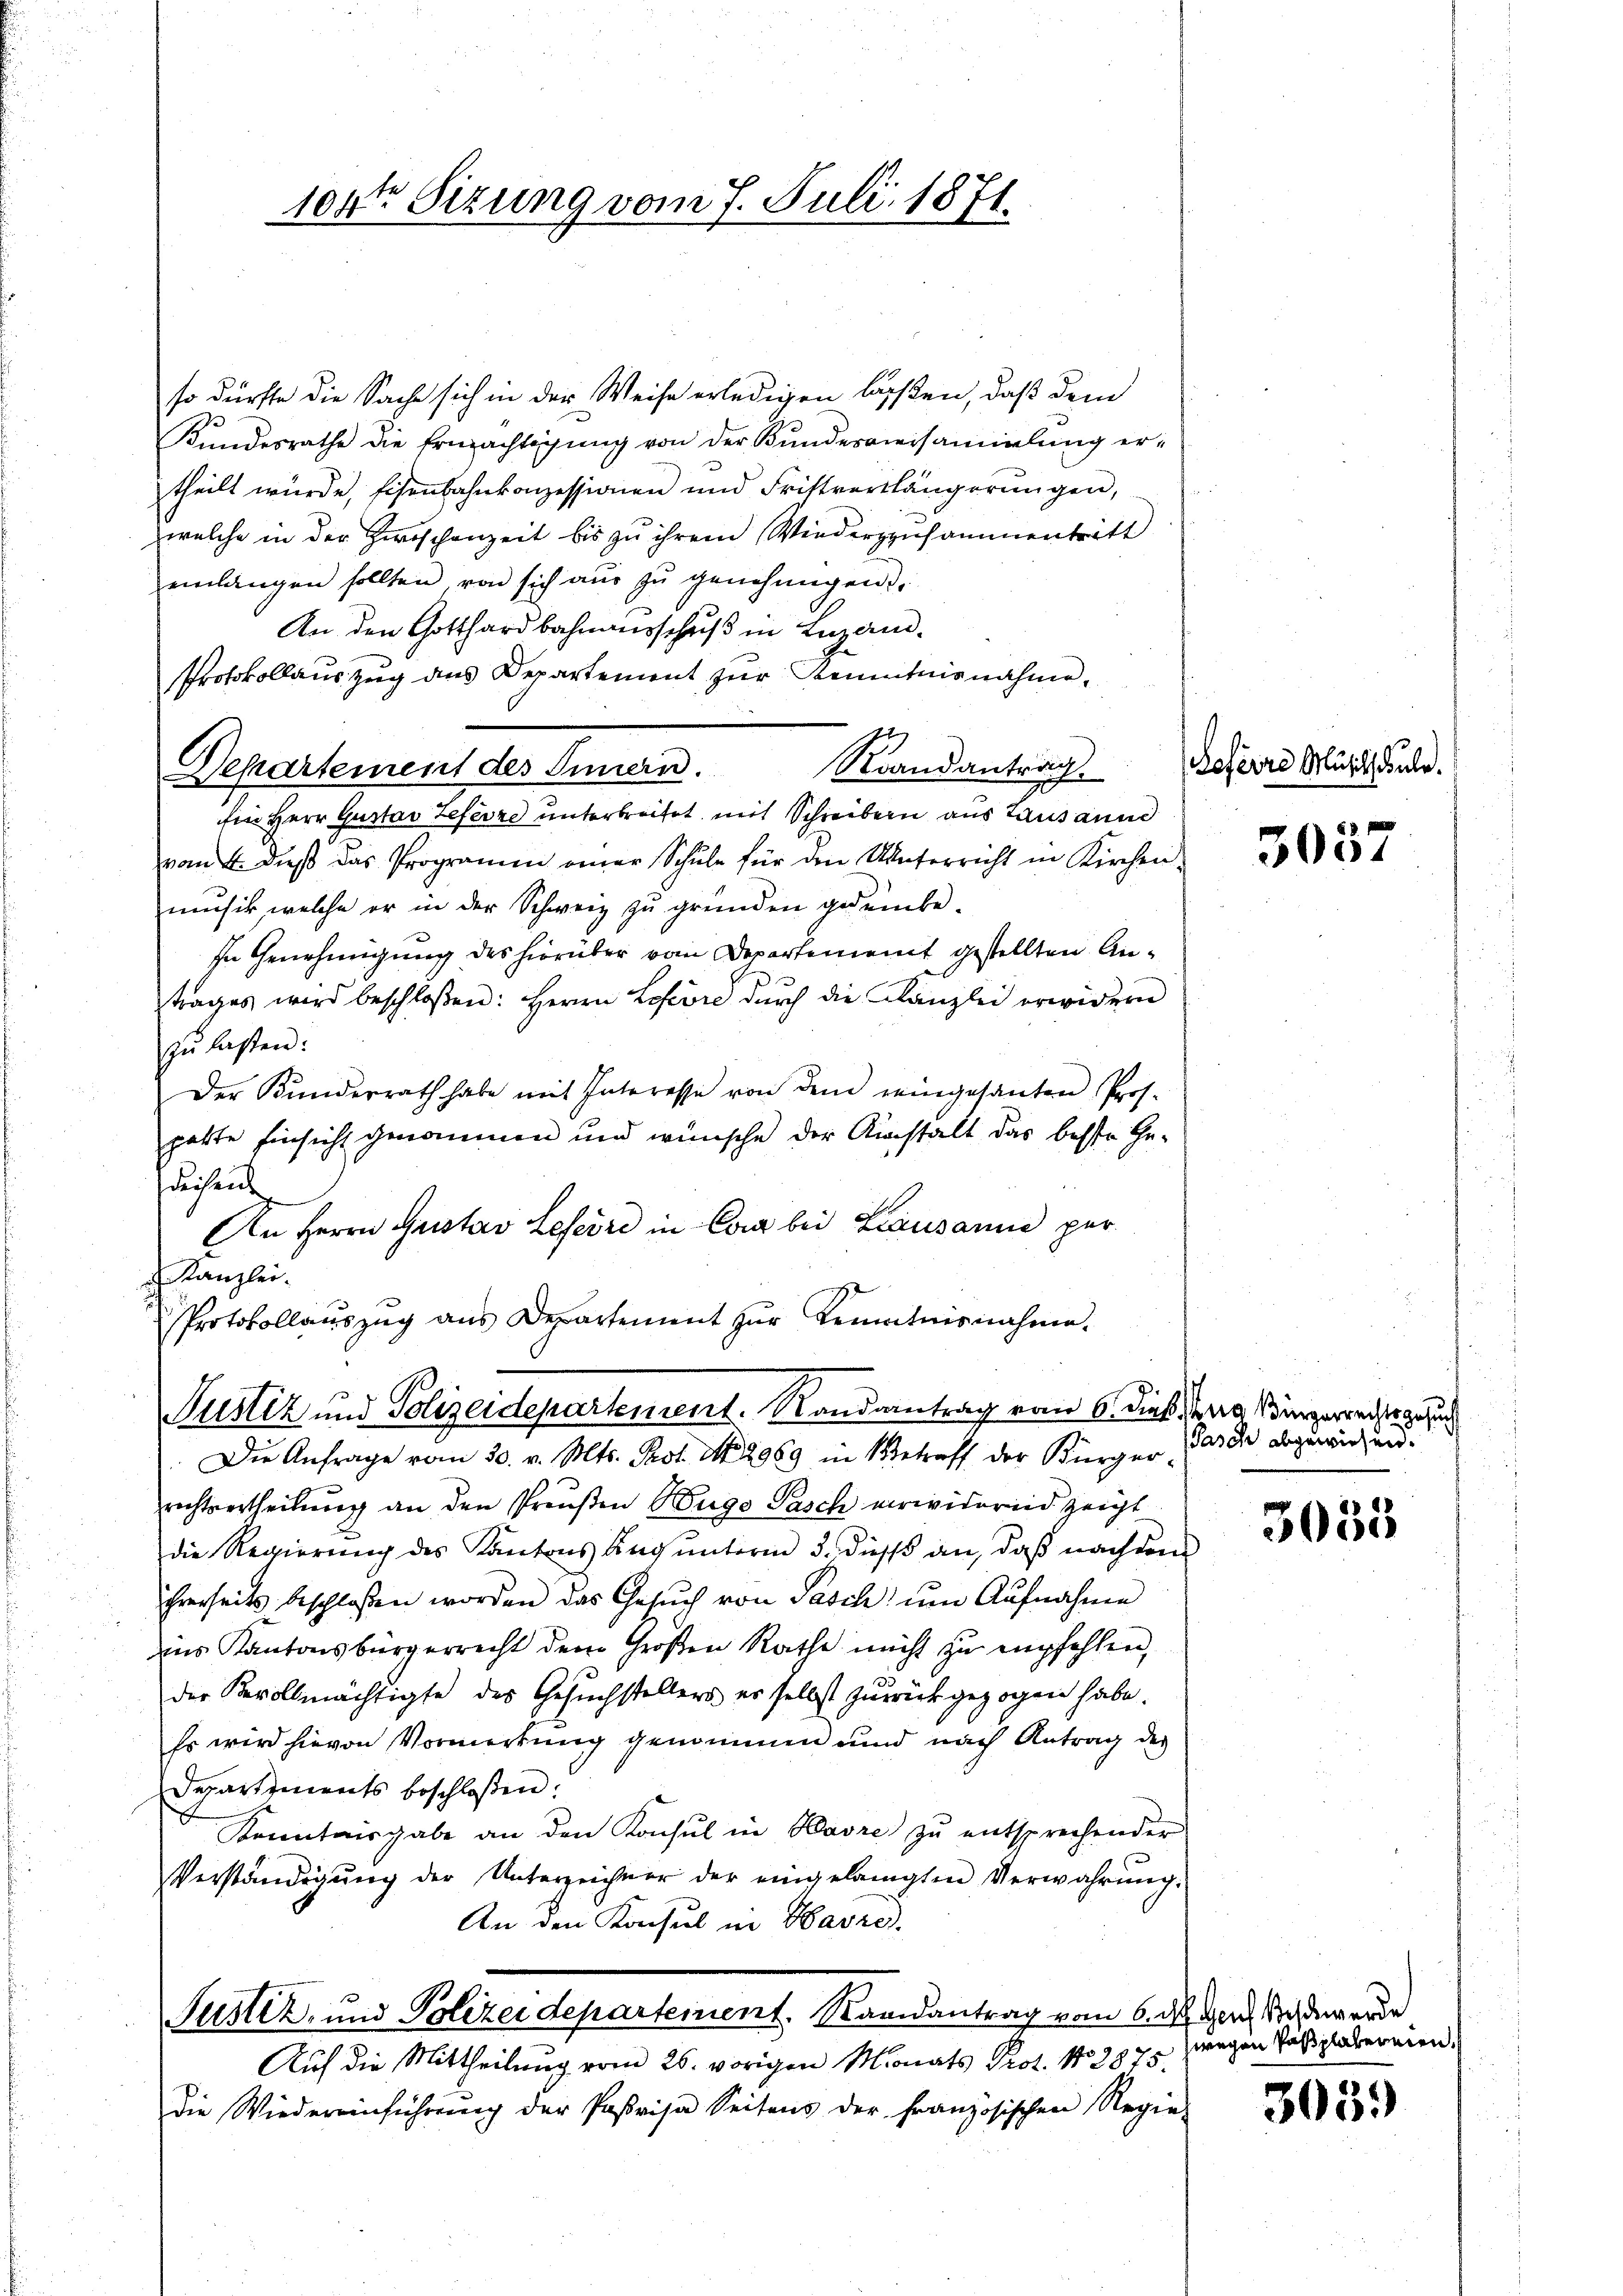
10ten Sizung vom 7. Juli 1871.

so dürfte die Sache sich in der Weise erledigen lassen, daß dem
Kŭndesrathe die Ermächtigŭng von der Bŭndesversammlung er-
theilt wurde, Eisenbahnkonzessionen und Fristverlängerungen,
welche in der Zwischenzeit bis zu ihrem Wiederzusammentritt
einlangen sollten von sich aŭs zŭ genehmigen.
An den Gotthardbahnausschŭβ in Luzan-
Protokollauszug aus Departement zur Kenntnisnahme,
Raandantrag.
Departement des Innern.
fin Herr Gustav Lefevre unterbreitet mit Schreibern aus Lausann
vom 4. dieβ das Programen einer Schŭle für den Unterricht in Kirchen-
mŭsik, welche er in der Schweiz zu gründen gedenbe-
In Genehmigung des hierüber vom Departement gestellten Antrages wird beschloßen: Herrn Lefevre durch die Kanzlei erwidern
zŭ lassen:
Der Kunderrath habe mit Interesse von dem reingesanten Prof.
patte Einsicht genommen und wünsche der Nastalt das besse Ge-
decsende
An Herrn Gustav Lefevre in Cora bei Lausanne per
Kanzlei.
Protokollaŭszŭg ans Departement zŭr Kenntnisnahme.

Justiz und Polizeidepartement. Randantrag vom 6. dieß, da Vinzerrechtsgesuc

Die Anfrage vom 30. v. Mts. Prot. N. 2969 in Betraff der Bürger-
rechtsertheilung an den Preußen Buge Pasch verwidernd zeigt
die Regierŭng des Kantons Ang ŭnterm 3. dieß an, daß nachdem
ihrerseits beschlossen worden das Gesŭch von Pasch um Aufnahme
ins Kantonsbürgerrecht dem Großen Rathe nicht zu empfehlen,
der Bevollmächtigte des Gesuchstellers er selbst zurückgezogen habe.
Es wird hievon Vormerkung genommen und nach Antrag des
Departements beschloßen:
Kenntnisgabe an den Konsul in Havre zŭ entsprechender
Verständigŭng der Unterzeichner der eingelangten Verwahrŭng.
An den Konsul in Havre
Fustiz- und Polizei departement. Randantrag vom 6. den Schwerde
Auf die Mittheilung vom 26. vorigen Monats Prot. No 2875.
Die Wiedereinführŭng der Parisa Seitens der französischen Regie-

Soferre Musich Sule.

3057

Tasch abgewiesen.

3035

wegen Pasplabereien.

3059